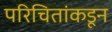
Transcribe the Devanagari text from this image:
परिचितांकडून